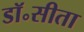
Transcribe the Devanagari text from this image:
डॉ॰सीता